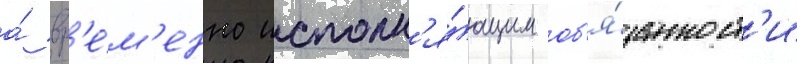
а́ вр'е́м'енно исполн'я́ющим об'я́занност'и